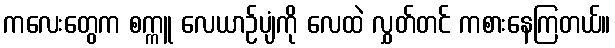
ကလေးတွေက စက္ကူ လေယာဉ်ပျံကို လေထဲ လွှတ်တင် ကစားနေကြတယ်။